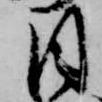
目